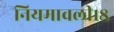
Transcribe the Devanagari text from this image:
नियमावली१८